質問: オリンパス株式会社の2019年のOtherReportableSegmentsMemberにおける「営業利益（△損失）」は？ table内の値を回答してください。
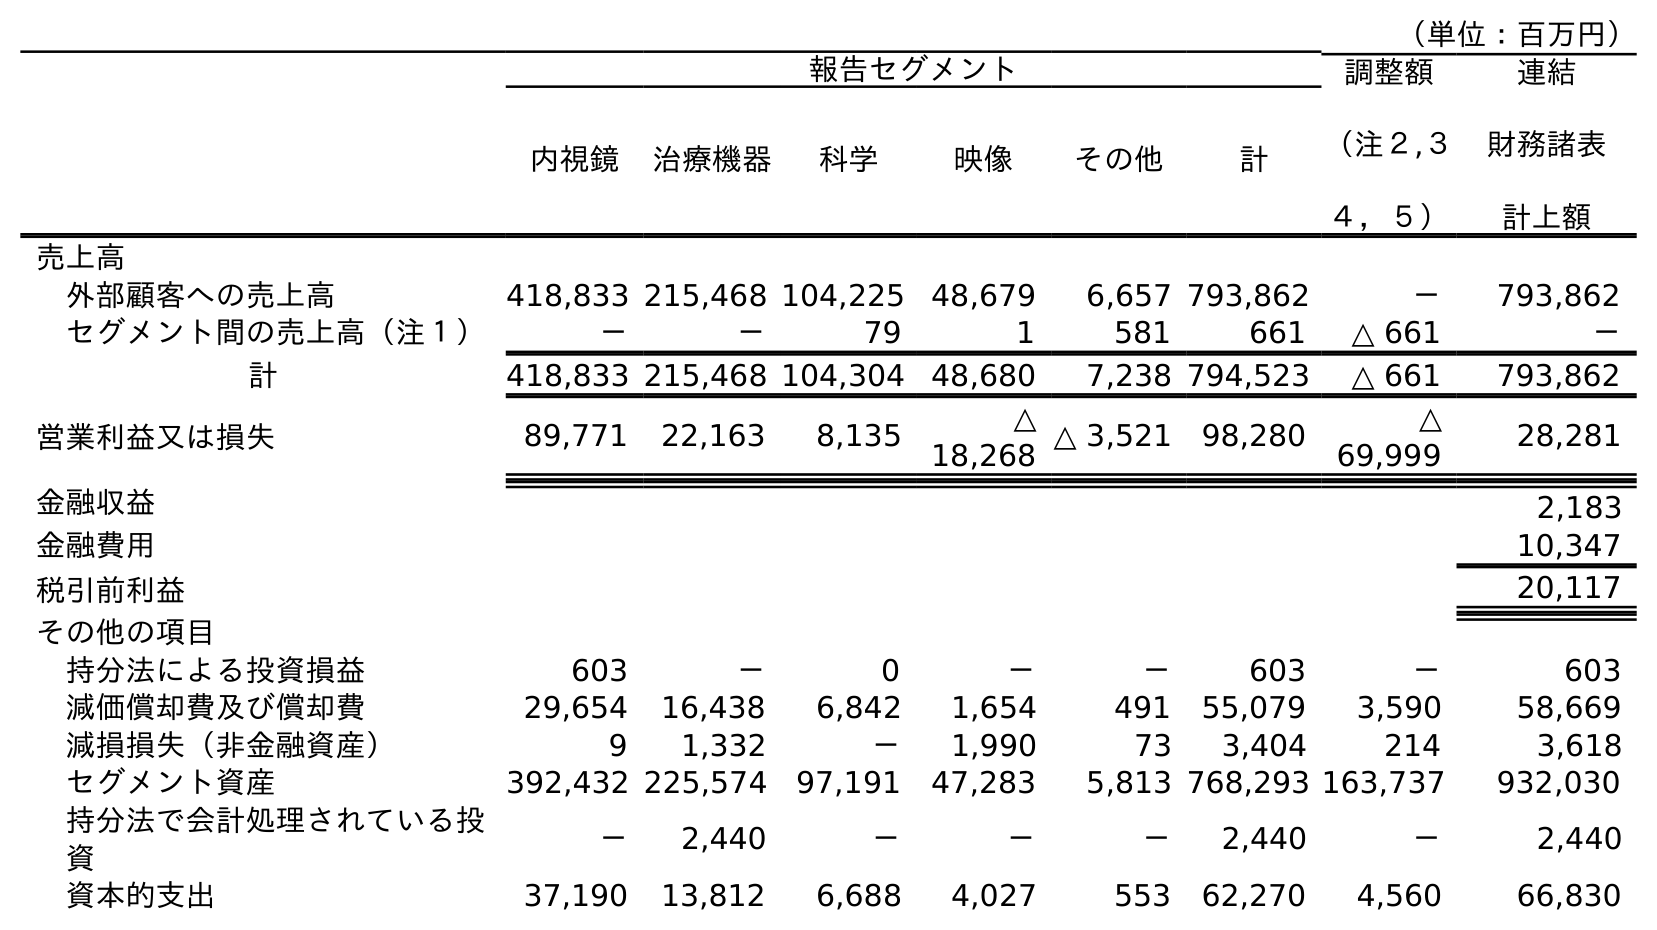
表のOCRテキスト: （単位：百万円） 報告セグメント 調整額 （注２,３ ４，５） 連結 財務諸表 計上額 内視鏡 治療機器 科学 映像 その他 計 売上高 外部顧客への売上高 418,833 215,468 104,225 48,679 6,657 793,862 － 793,862 セグメント間の売上高（注１） － － 79 1 581 661 △ 661 － 計 418,833 215,468 104,304 48,680 7,238 794,523 △ 661 793,862 営業利益又は損失 89,771 22,163 8,135 △ 18,268 △ 3,521 98,280 △ 69,999 28,281 金融収益 2,183 金融費用 10,347 税引前利益 20,117 その他の項目 持分法による投資損益 603 － 0 － － 603 － 603 減価償却費及び償却費 29,654 16,438 6,842 1,654 491 55,079 3,590 58,669 減損損失（非金融資産） 9 1,332 － 1,990 73 3,404 214 3,618 セグメント資産 392,432 225,574 97,191 47,283 5,813 768,293 163,737 932,030 持分法で会計処理されている投 資 － 2,440 － － － 2,440 － 2,440 資本的支出 37,190 13,812 6,688 4,027 553 62,270 4,560 66,830
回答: △3,521